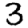
Digit: 3